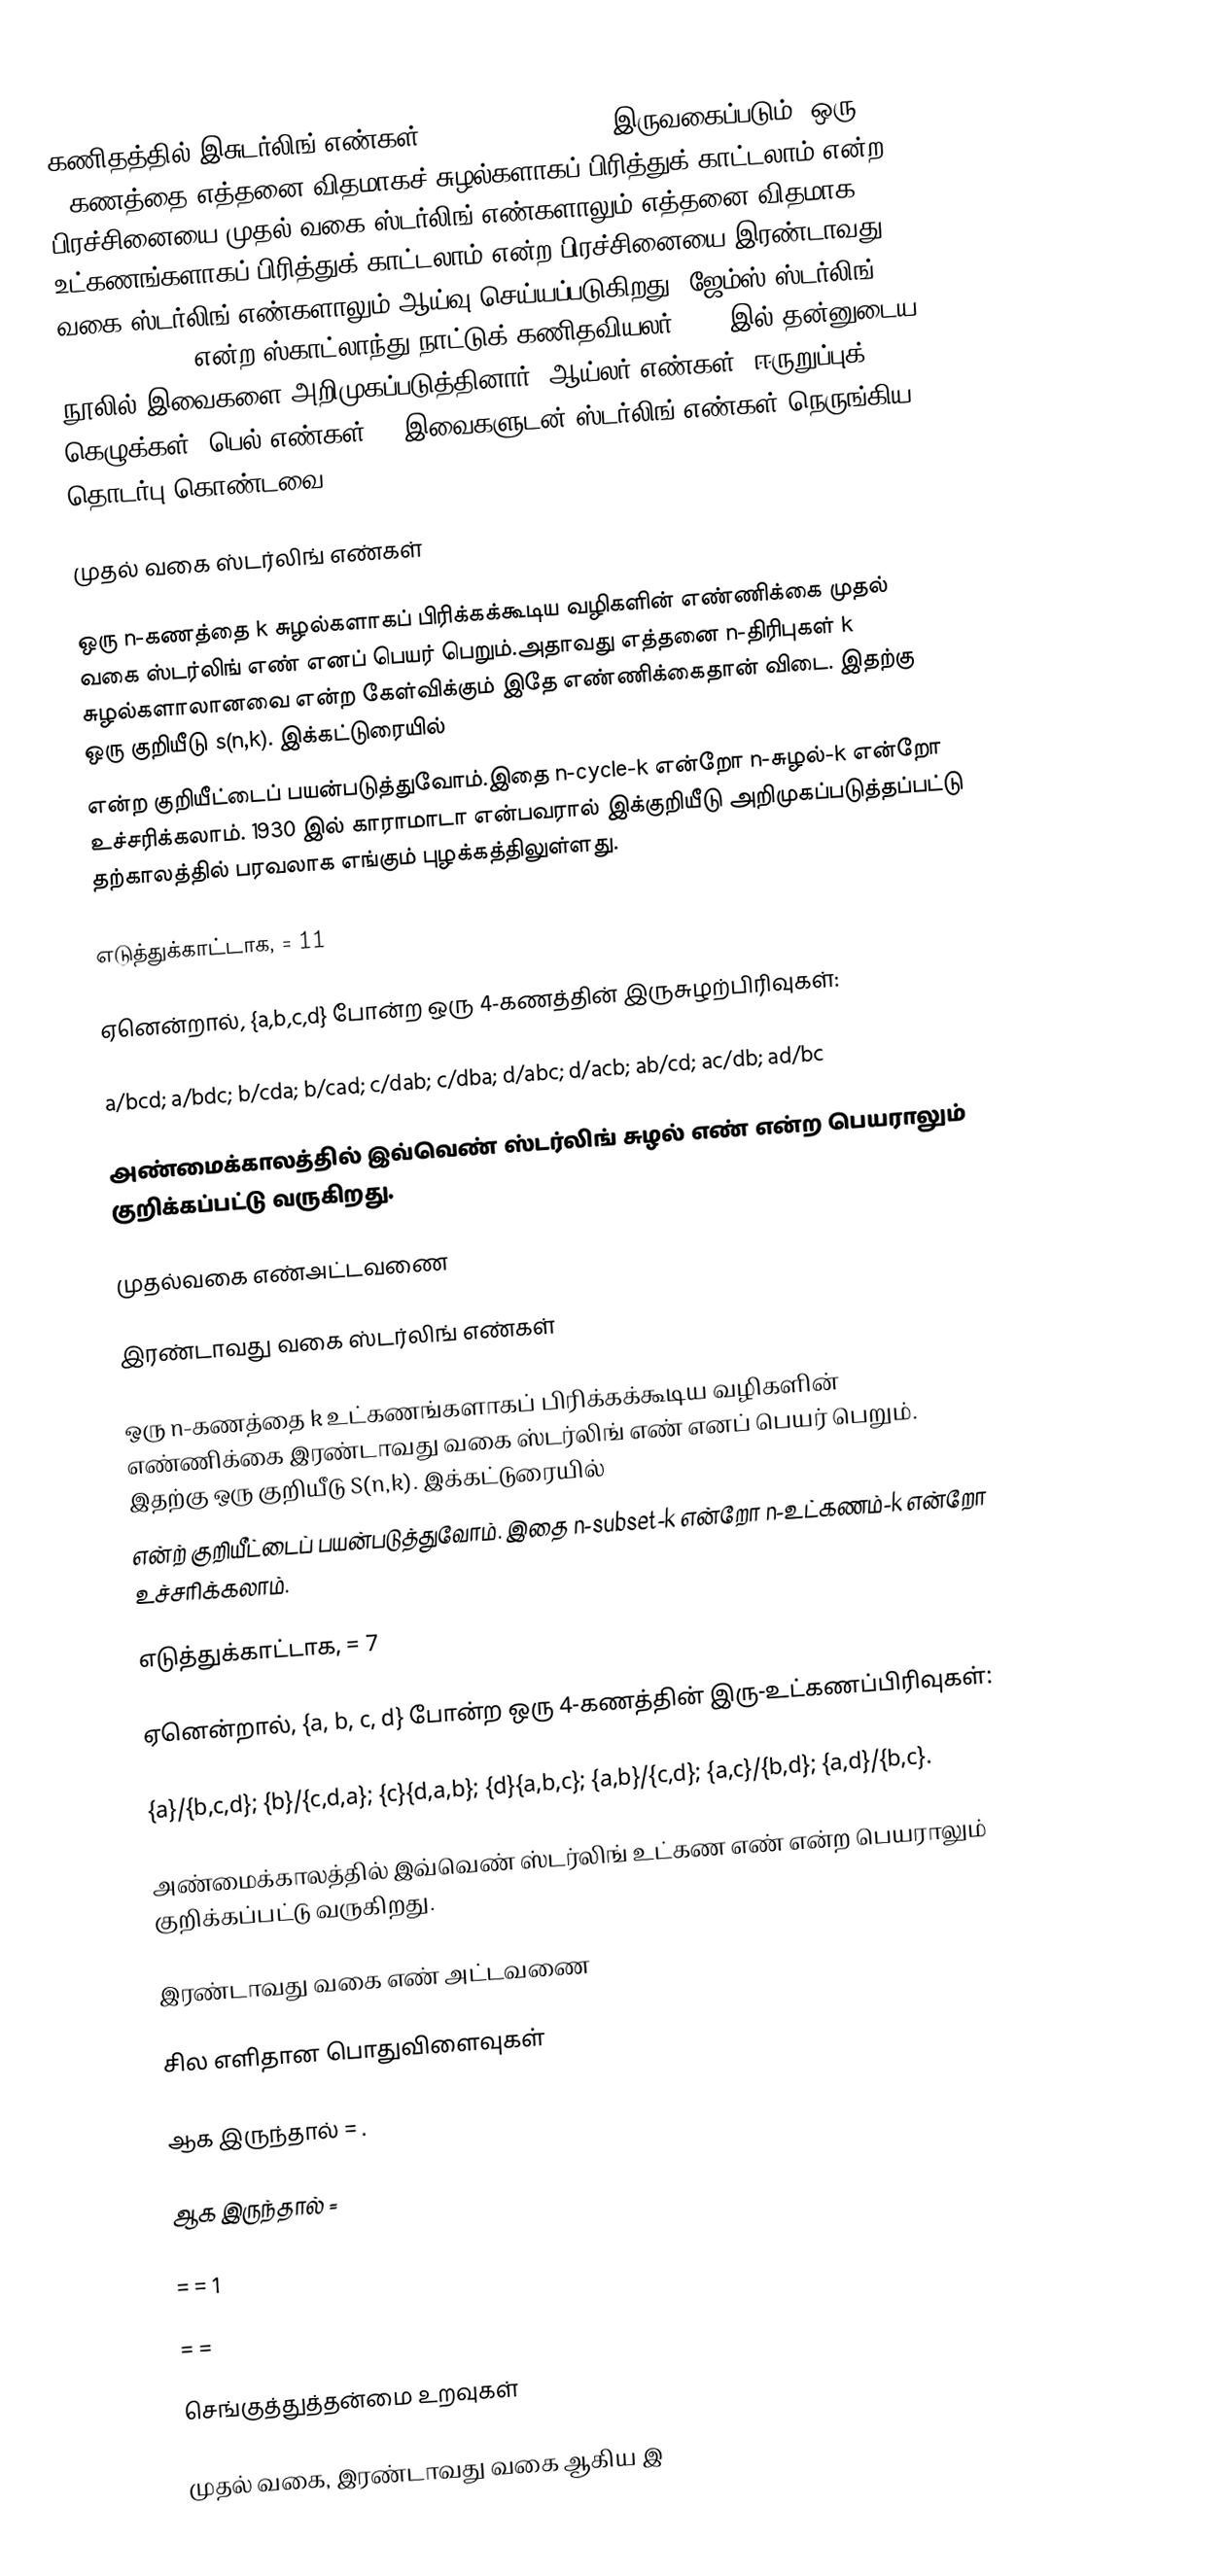
கணிதத்தில் இசுடர்லிங் எண்கள் (Sterling numbers) இருவகைப்படும். ஒரு n-கணத்தை எத்தனை விதமாகச் சுழல்களாகப் பிரித்துக் காட்டலாம் என்ற பிரச்சினையை முதல் வகை ஸ்டர்லிங் எண்களாலும்,எத்தனை விதமாக உட்கணங்களாகப் பிரித்துக் காட்டலாம் என்ற பிரச்சினையை இரண்டாவது வகை ஸ்டர்லிங் எண்களாலும்  ஆய்வு செய்யப்படுகிறது. ஜேம்ஸ் ஸ்டர்லிங் (1692 - 1770) என்ற ஸ்காட்லாந்து நாட்டுக் கணிதவியலர் 1730 இல் தன்னுடைய நூலில் இவைகளை அறிமுகப்படுத்தினார்.  ஆய்லர் எண்கள், ஈருறுப்புக் கெழுக்கள், பெல் எண்கள் -- இவைகளுடன் ஸ்டர்லிங் எண்கள் நெருங்கிய தொடர்பு கொண்டவை.

முதல் வகை ஸ்டர்லிங் எண்கள்

ஒரு n-கணத்தை k சுழல்களாகப் பிரிக்கக்கூடிய  வழிகளின் எண்ணிக்கை முதல் வகை ஸ்டர்லிங் எண் எனப் பெயர் பெறும்.அதாவது எத்தனை n-திரிபுகள் k சுழல்களாலானவை என்ற கேள்விக்கும் இதே எண்ணிக்கைதான் விடை. இதற்கு ஒரு குறியீடு  s(n,k). இக்கட்டுரையில்
 என்ற குறியீட்டைப் பயன்படுத்துவோம்.இதை  n-cycle-k என்றோ n-சுழல்-k என்றோ உச்சரிக்கலாம்.  1930 இல் காராமாடா  என்பவரால் இக்குறியீடு அறிமுகப்படுத்தப்பட்டு தற்காலத்தில் பரவலாக எங்கும் புழக்கத்திலுள்ளது.

எடுத்துக்காட்டாக,  = 11

ஏனென்றால், {a,b,c,d} போன்ற ஒரு 4-கணத்தின் இருசுழற்பிரிவுகள்:

 a/bcd;  a/bdc;  b/cda;  b/cad;  c/dab;  c/dba;  d/abc;  d/acb;  ab/cd;  ac/db;  ad/bc

அண்மைக்காலத்தில் இவ்வெண் ஸ்டர்லிங் சுழல் எண் என்ற பெயராலும் குறிக்கப்பட்டு வருகிறது.

முதல்வகை எண்அட்டவணை

இரண்டாவது வகை ஸ்டர்லிங் எண்கள்

ஒரு n-கணத்தை k உட்கணங்களாகப் பிரிக்கக்கூடிய  வழிகளின் எண்ணிக்கை இரண்டாவது வகை ஸ்டர்லிங் எண் எனப் பெயர் பெறும். இதற்கு ஒரு குறியீடு S(n,k). இக்கட்டுரையில்
  என்ற் குறியீட்டைப் பயன்படுத்துவோம். இதை n-subset-k என்றோ    n-உட்கணம்-k என்றோ உச்சரிக்கலாம்.

எடுத்துக்காட்டாக,  =  7

ஏனென்றால்,  {a, b, c, d} போன்ற ஒரு 4-கணத்தின் இரு-உட்கணப்பிரிவுகள்:

  {a}/{b,c,d};  {b}/{c,d,a};  {c}{d,a,b}; {d}{a,b,c}; {a,b}/{c,d};  {a,c}/{b,d};  {a,d}/{b,c}.

அண்மைக்காலத்தில் இவ்வெண் ஸ்டர்லிங் உட்கண எண் என்ற பெயராலும் குறிக்கப்பட்டு வருகிறது.

இரண்டாவது வகை எண் அட்டவணை

சில எளிதான பொதுவிளைவுகள்

  ஆக இருந்தால்  =  .

  ஆக இருந்தால்  =

  =  = 1

  =  =

செங்குத்துத்தன்மை உறவுகள்

முதல் வகை, இரண்டாவது வகை ஆகிய இ